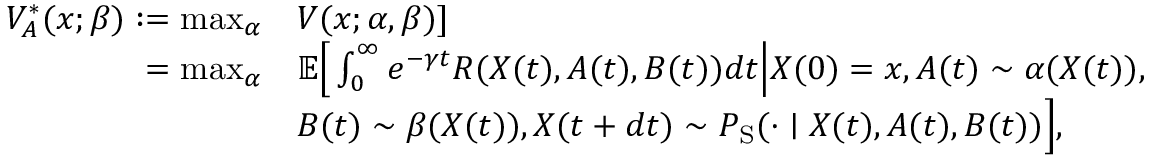
\begin{array} { r l } { V _ { A } ^ { * } ( x ; \beta ) : = \operatorname* { m a x } _ { \alpha } } & { V ( x ; \alpha , \beta ) ] } \\ { = \operatorname* { m a x } _ { \alpha } } & { \mathbb { E } \Big [ \int _ { 0 } ^ { \infty } e ^ { - \gamma t } R ( X ( t ) , A ( t ) , B ( t ) ) d t \Big | X ( 0 ) = x , A ( t ) \sim \alpha ( X ( t ) ) , } \\ & { B ( t ) \sim \beta ( X ( t ) ) , X ( t + d t ) \sim P _ { \mathrm { S } } ( \cdot \mid X ( t ) , A ( t ) , B ( t ) ) \Big ] , } \end{array}